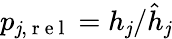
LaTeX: p_{\mathit{j},\mathrm{{~r~e~l~}}}={h}_{\mathit{j}}/\hat{{h}}_{\mathit{j}}